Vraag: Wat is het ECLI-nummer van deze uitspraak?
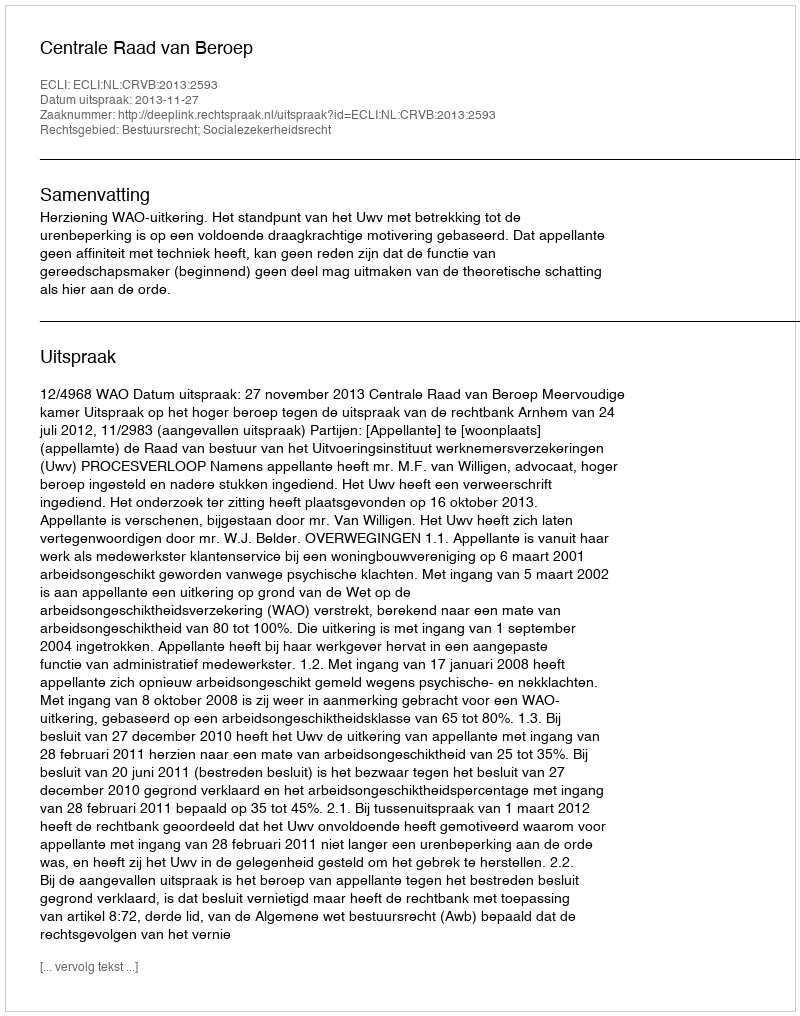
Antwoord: ECLI:NL:CRVB:2013:2593